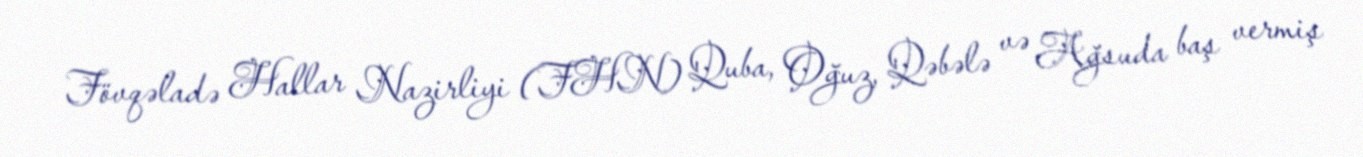
Fövqəladə Hallar Nazirliyi (FHN) Quba, Oğuz, Qəbələ və Ağsuda baş vermiş